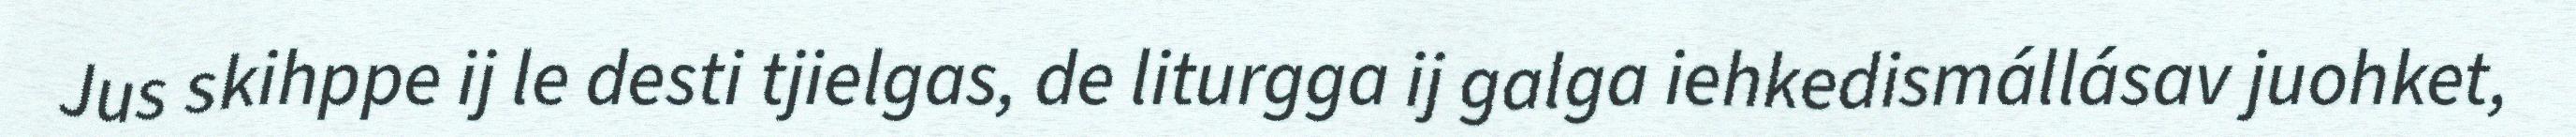
Jus skihppe ij le desti tjielgas, de liturgga ij galga iehkedismállásav juohket,